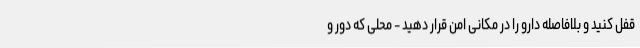
قفل کنید و بلافاصله دارو را در مکانی امن قرار دهید - محلی که دور و